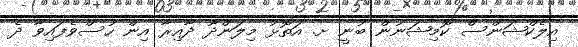
އިލެކްޝަންސް ކޮމިޝަނުން ބުނީ ށ. އަތޮޅު މިލަންދޫ ދާއިރާ އިން ހުސްވެފައިވާ ދެ